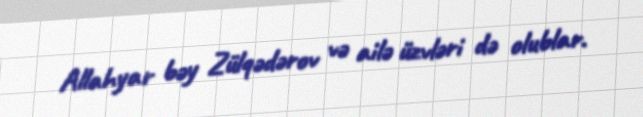
Allahyar bəy Zülqədərov və ailə üzvləri də olublar.